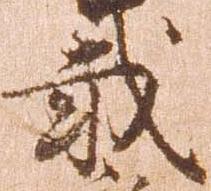
載